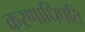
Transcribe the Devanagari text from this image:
करणाधिपति